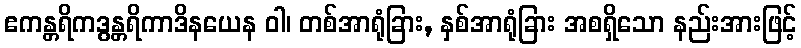
ဧကန္တရိကဒွန္တရိကာဒိနယေန ဝါ၊ တစ်အာရုံခြား, နှစ်အာရုံခြား အစရှိသော နည်းအားဖြင့်